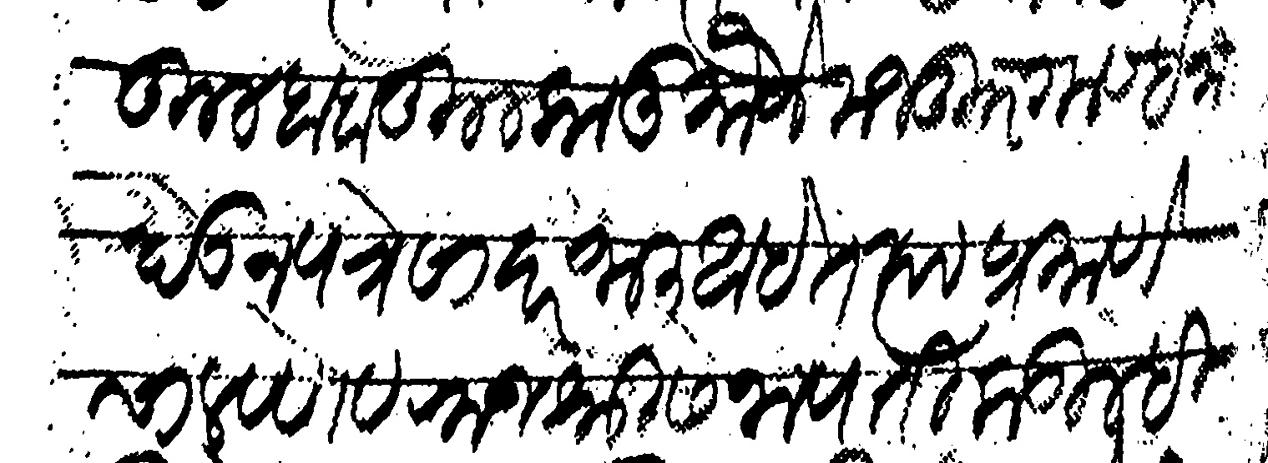
Transliteration (Devanagari): कुलबाब कुलकानु मौजे मजकूर गाव इनाम देऊन पत्रे सादर जाली आहेत त्या प्रमाणे चालवणे व राजश्री सेनापती कडील ही